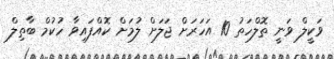
ވަކީލް ވަނީ ތޮލްހަތު 10 އަހަރަށް ޖަލަށް ލުމަށް ކޮއްފައިވާ ހުކުމް ބާތިލް